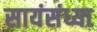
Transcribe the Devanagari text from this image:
सायंसंध्या